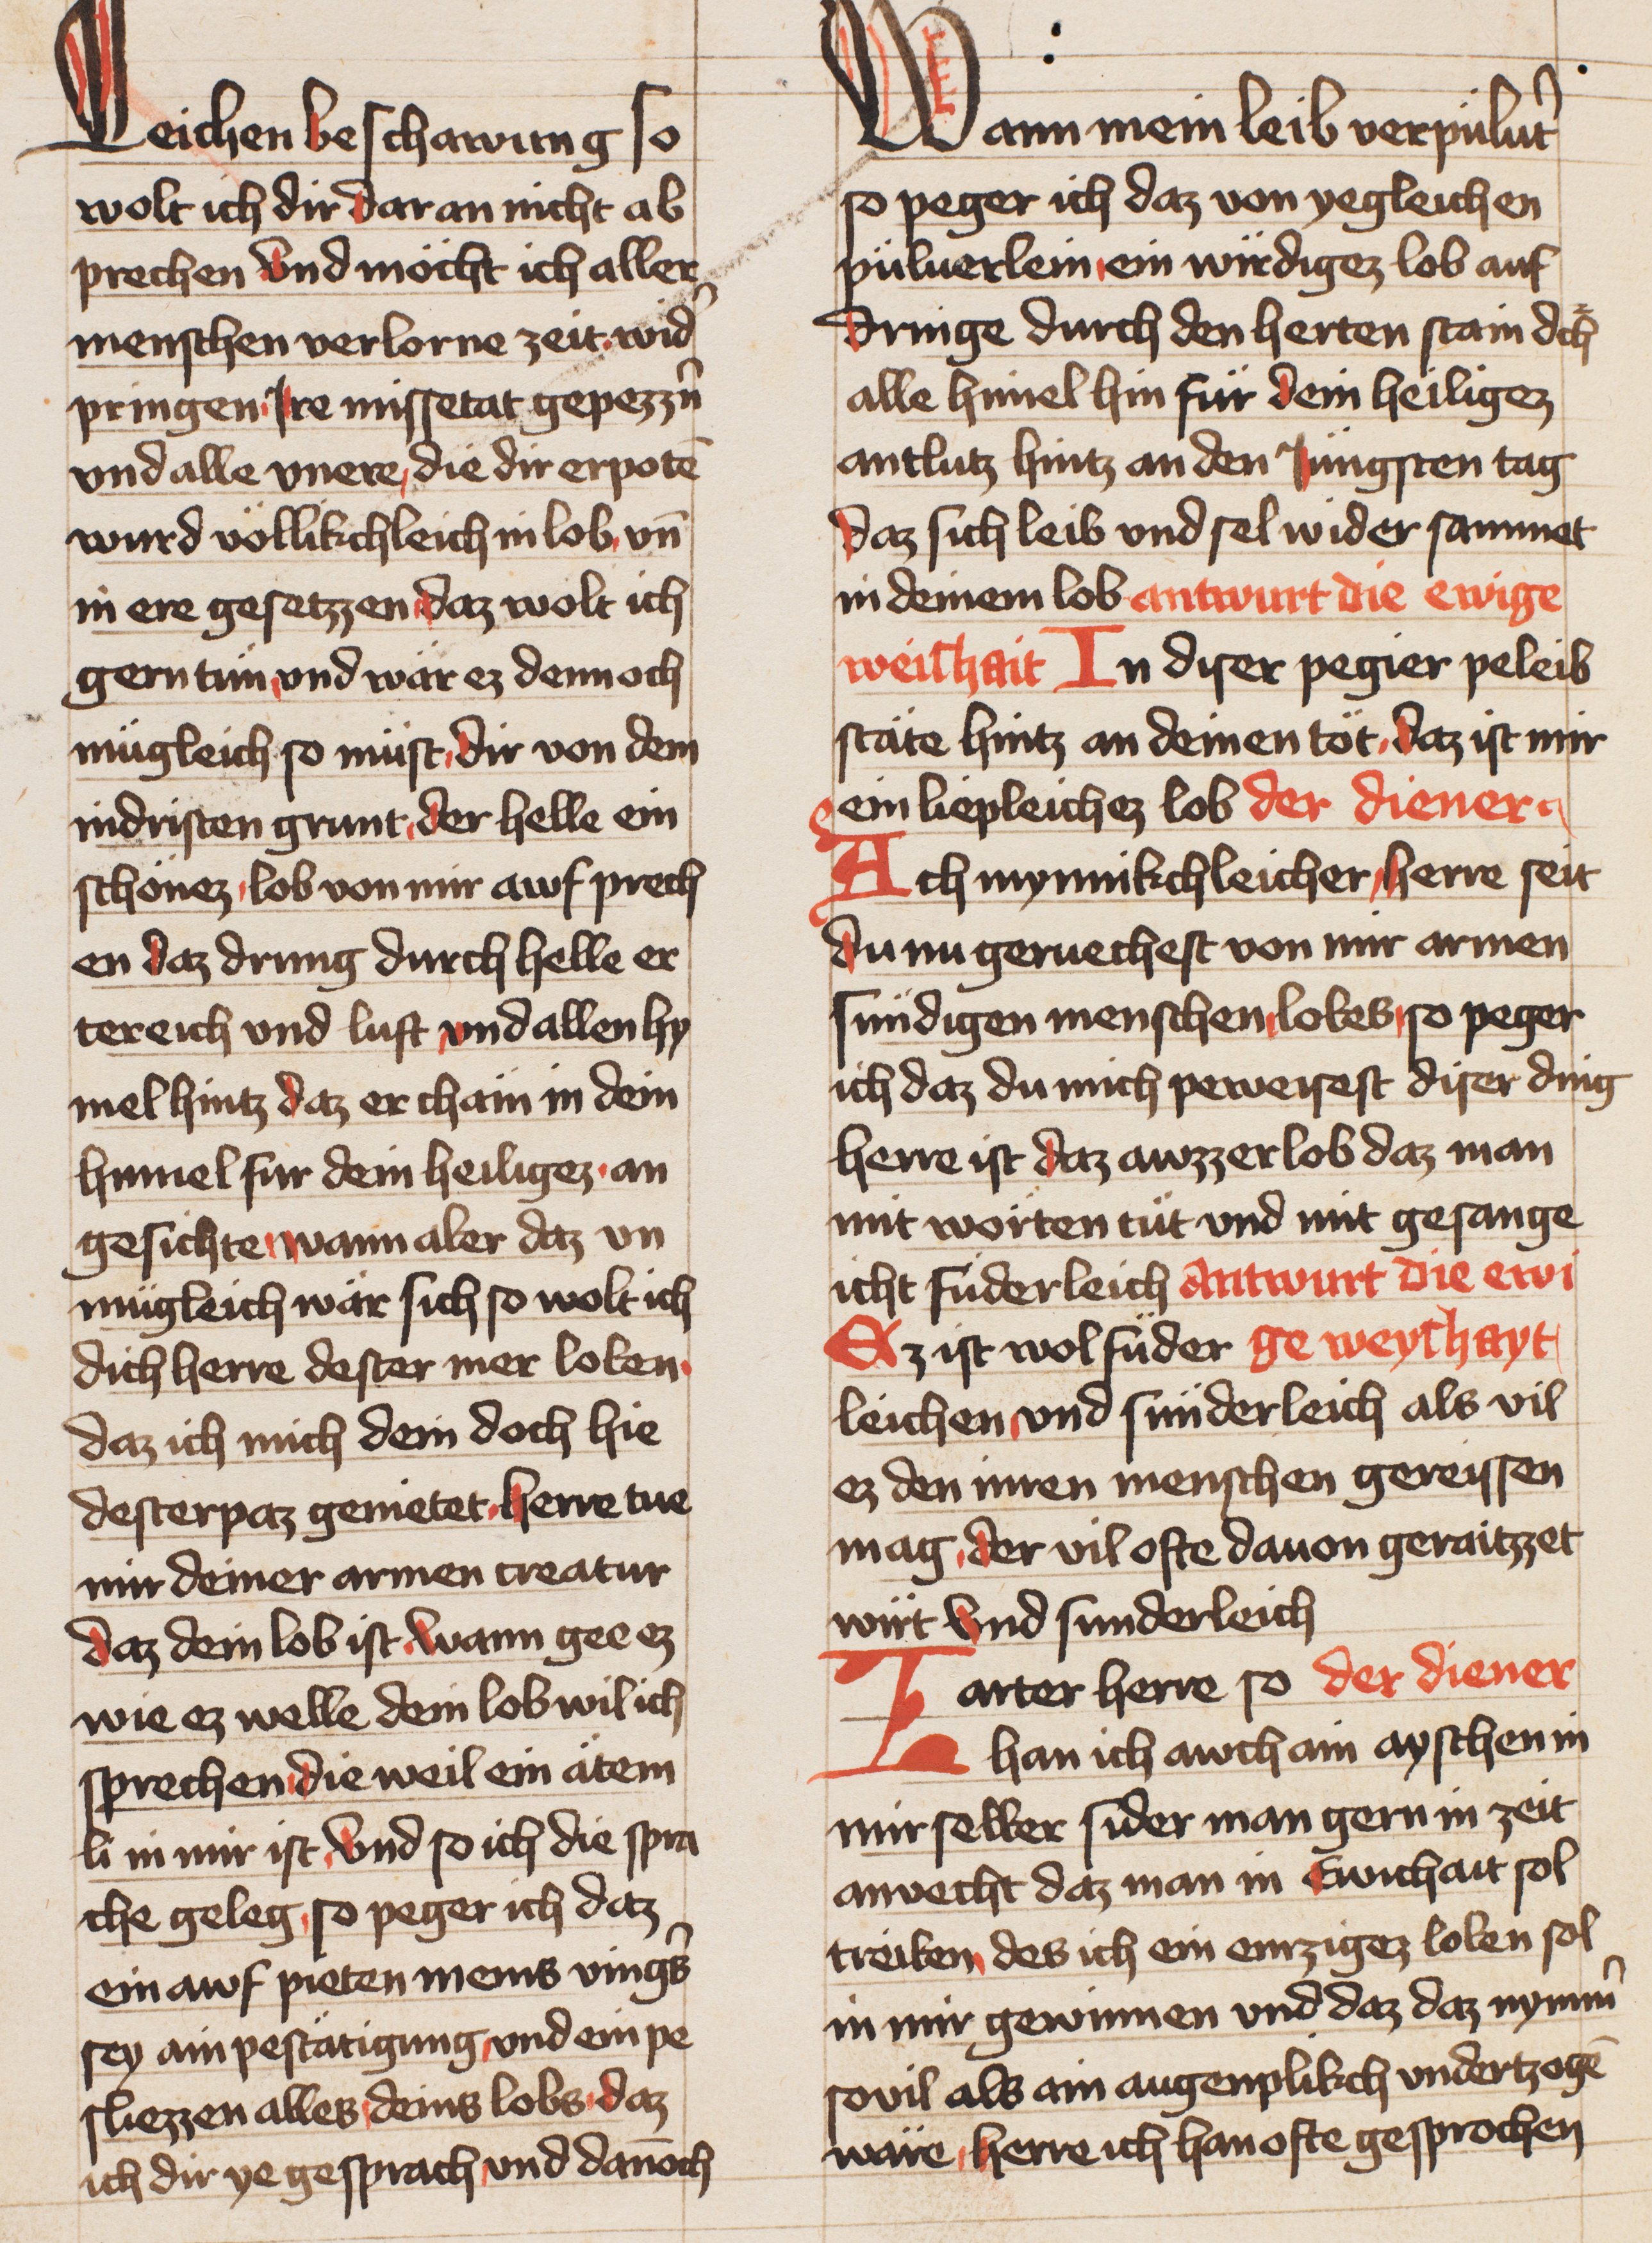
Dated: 1436–1436